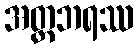
အတ္တဘရဿ